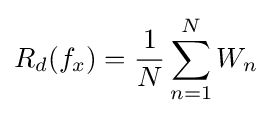
R_{d}(f_{x})={\frac {1}{N}}\sum \limits _{n=1}^{N}W_{n}